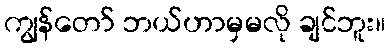
ကျွန်တော် ဘယ်ဟာမှမလို ချင်ဘူး။